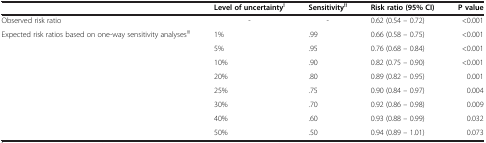
<table><thead><tr><td><b> </b></td><td><b>Level of uncertainty<sup>!</sup></b></td><td><b>Sensitivity<sup>!!</sup></b></td><td><b>Risk ratio (95% CI)</b></td><td><b>P value</b></td></tr></thead><tbody><tr><td>Observed risk ratio</td><td>-</td><td>-</td><td>0.62 (0.54 – 0.72)</td><td>&lt;0.001</td></tr><tr><td>Expected risk ratios based on one-way sensitivity analyses<sup>!!!</sup></td><td>1%</td><td>.99</td><td>0.66 (0.58 – 0.75)</td><td>&lt;0.001</td></tr><tr><td> </td><td>5%</td><td>.95</td><td>0.76 (0.68 – 0.84)</td><td>&lt;0.001</td></tr><tr><td> </td><td>10%</td><td>.90</td><td>0.82 (0.75 – 0.90)</td><td>&lt;0.001</td></tr><tr><td> </td><td>20%</td><td>.80</td><td>0.89 (0.82 – 0.95)</td><td>0.001</td></tr><tr><td> </td><td>25%</td><td>.75</td><td>0.90 (0.84 – 0.97)</td><td>0.004</td></tr><tr><td> </td><td>30%</td><td>.70</td><td>0.92 (0.86 – 0.98)</td><td>0.009</td></tr><tr><td> </td><td>40%</td><td>.60</td><td>0.93 (0.88 – 0.99)</td><td>0.032</td></tr><tr><td> </td><td>50%</td><td>.50</td><td>0.94 (0.89 – 1.01)</td><td>0.073</td></tr></tbody></table>